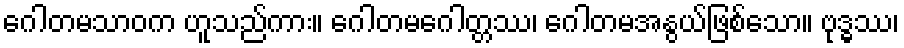
ဂေါတမသာဝက ဟူသည်ကား။ ဂေါတမဂေါတ္တဿ၊ ဂေါတမအနွယ်ဖြစ်သော။ ဗုဒ္ဓဿ၊